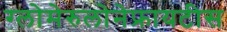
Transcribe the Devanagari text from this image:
ग्लोमेरुलोनेफ्रायटीस